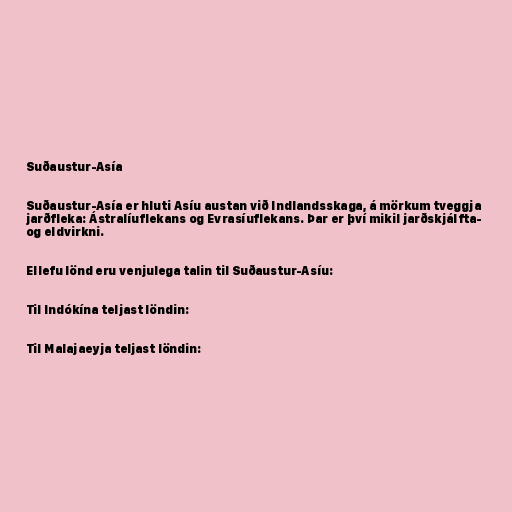
Suðaustur-Asía

Suðaustur-Asía er hluti Asíu austan við Indlandsskaga, á mörkum tveggja
jarðfleka: Ástralíuflekans og Evrasíuflekans. Þar er því mikil jarðskjálfta-
og eldvirkni.

Ellefu lönd eru venjulega talin til Suðaustur-Asíu:

Til Indókína teljast löndin:

Til Malajaeyja teljast löndin: